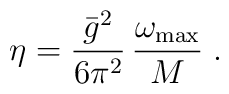
\eta=\frac{\bar{g}^2}{6\pi^2}\, \frac{\omega_{{\rm max}}}{M} \; .